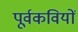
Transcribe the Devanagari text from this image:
पूर्वकवियों